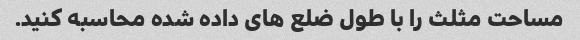
مساحت مثلث را با طول ضلع های داده شده محاسبه کنید.